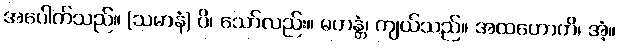
အပေါက်သည်။ (သမာနံ) ပိ၊ သော်လည်း။ မဟန္တံ၊ ကျယ်သည်။ အထဟောတိ၊ အံ့။